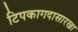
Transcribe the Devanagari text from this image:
टिपकागदासारखा